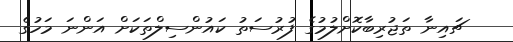
ޗައިނާ ތަޖުރިބާކޮށްލުމުގެ ފުރުސަތު ކައުންސިލްތަކަށް އަންނަ މަހުގެ